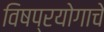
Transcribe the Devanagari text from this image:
विषप्रयोगाचे